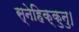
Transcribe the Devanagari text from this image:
स्नेहिक्कुनु।